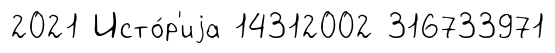
2021 Исто́р'иjа 14312002 316733971